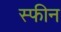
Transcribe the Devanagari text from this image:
स्फीन